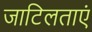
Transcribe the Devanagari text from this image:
जाटिलताएं